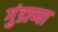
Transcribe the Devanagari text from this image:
गुंडाप्पा